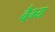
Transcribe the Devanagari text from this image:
वैभ्य